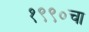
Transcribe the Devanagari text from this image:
१९९०चा